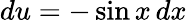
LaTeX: du=-\sin x\, dx